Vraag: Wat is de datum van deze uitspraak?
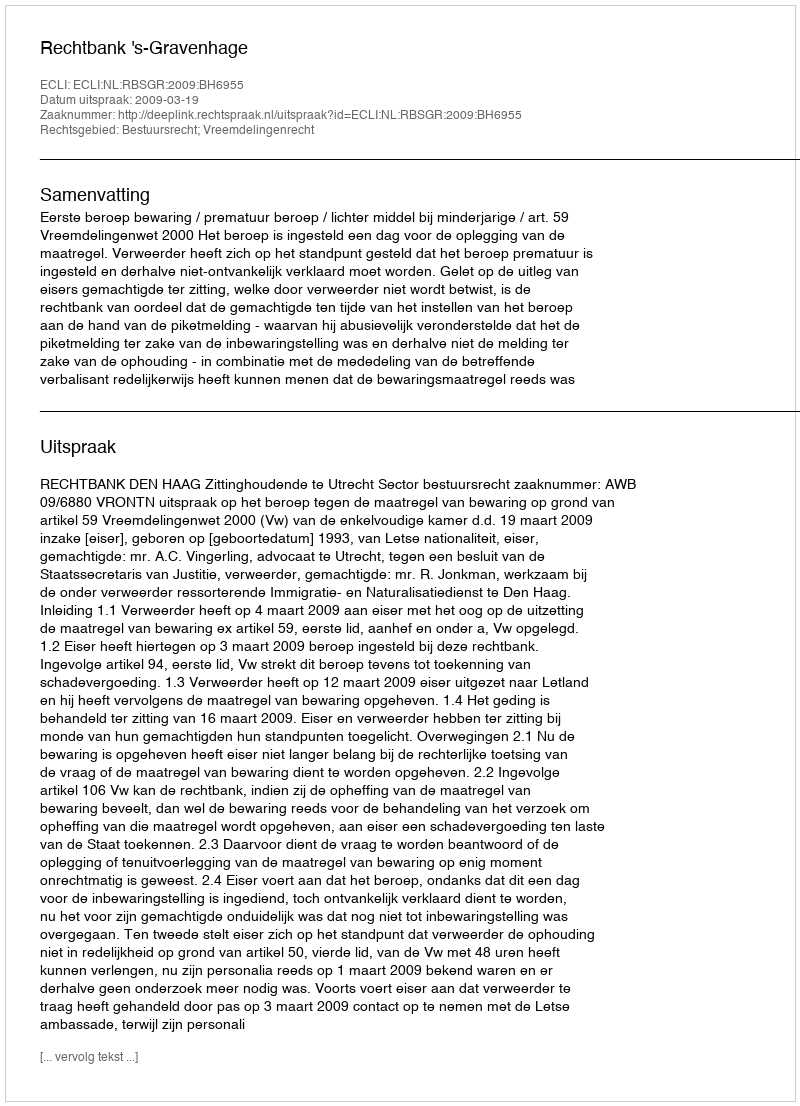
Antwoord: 2009-03-19